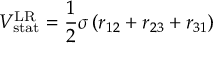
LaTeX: V _ { \mathrm { s t a t } } ^ { \mathrm { L R } } = \frac { 1 } { 2 } \sigma \, ( r _ { 1 2 } + r _ { 2 3 } + r _ { 3 1 } )